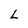
Character: L